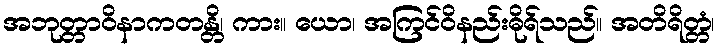
အဘုတ္တာဝိနာကတန္တိ၊ ကား။ ယော၊ အကြင်ဝိနည်းဓိုရ်သည်။ အတိရိတ္တံ၊